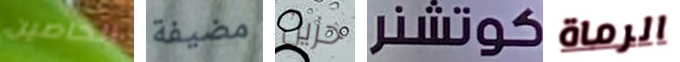
الخاصين مضيفة حزين كوتشنر الرماة